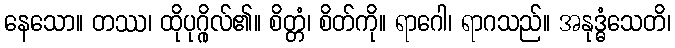
နေသော။ တဿ၊ ထိုပုဂ္ဂိုလ်၏။ စိတ္တံ၊ စိတ်ကို။ ရာဂေါ၊ ရာဂသည်။ အနုဒ္ဓံသေတိ၊